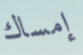
إمساك